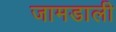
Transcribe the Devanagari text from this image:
जामडाली